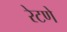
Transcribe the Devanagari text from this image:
रेटणे